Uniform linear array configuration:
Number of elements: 8
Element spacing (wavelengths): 0.5
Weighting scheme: uniform
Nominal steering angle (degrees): -30
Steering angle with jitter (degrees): -30.901
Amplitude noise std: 0.05
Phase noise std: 0.05

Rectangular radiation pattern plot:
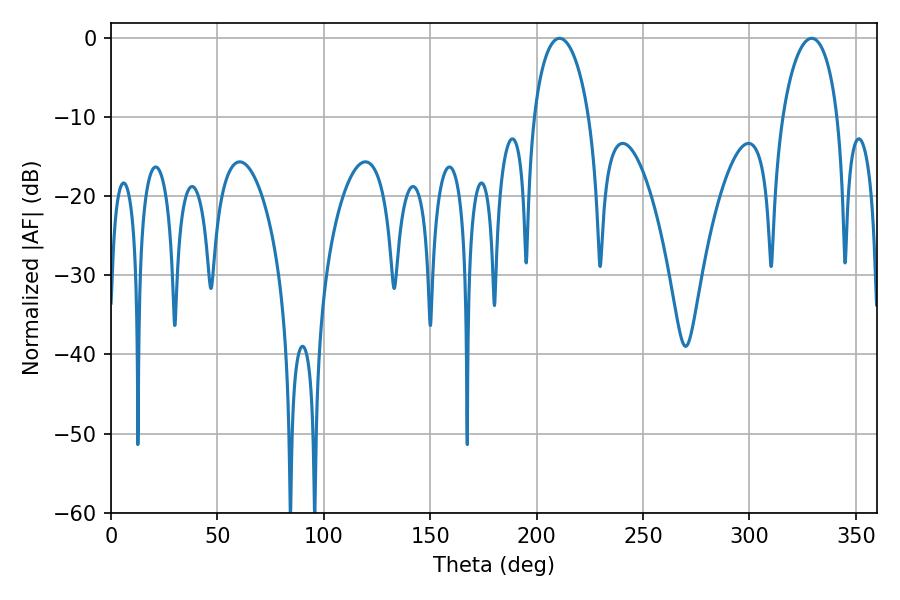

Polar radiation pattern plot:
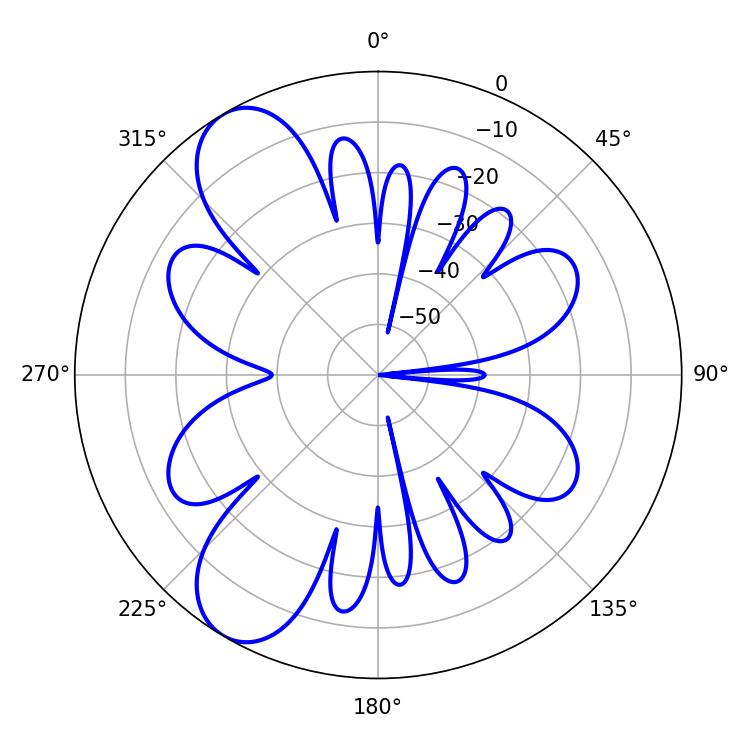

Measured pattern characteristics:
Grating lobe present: FALSE
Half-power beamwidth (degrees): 14.94
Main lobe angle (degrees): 210.78